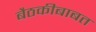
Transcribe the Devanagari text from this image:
बैठकीबाबत